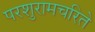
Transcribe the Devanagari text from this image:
परशुरामचरिते